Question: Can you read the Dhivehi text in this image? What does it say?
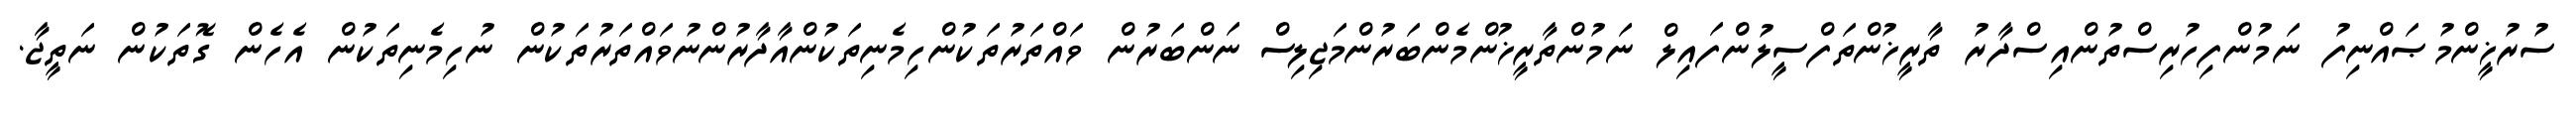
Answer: ސުރުޚީންމުޞައްނިފު ނަމުންފިހުރިސްތުންއިސްދާރު ތާރީޚުންތަފްސީލުންފައިލް ނަމުންތާރީޚުންމެންބަރުންމަޖިލިސް ނަންބަރުން ވައްތަރުތަކުންހިމެނިތަކުންއާދާރުންނުވައްތަރުތަކުން ނުހިމެނިތަކުން އެހެން ގޮތަކުން ނަތީޖާ.